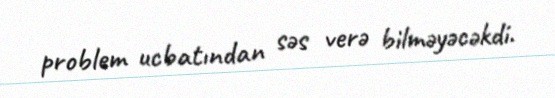
problem ucbatından səs verə bilməyəcəkdi.